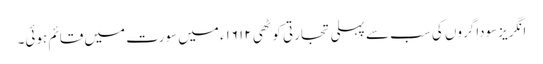
انگریزسوداگروں کی سب سے پہلی تجارتی کوٹھی ۱۶۱۲ء میں سورت میں قائم ہوئی۔